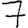
Digit: 7